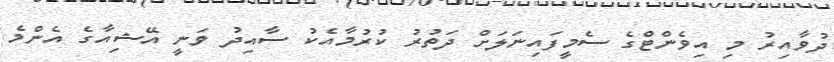
ދުވާއިރު މި އިވެންޓްގެ ސެމީފައިނަލަށް ދަތުރު ކުރުމާއެކު ސާއިދު ވަނީ އޭޝިއާގެ އެންމެ